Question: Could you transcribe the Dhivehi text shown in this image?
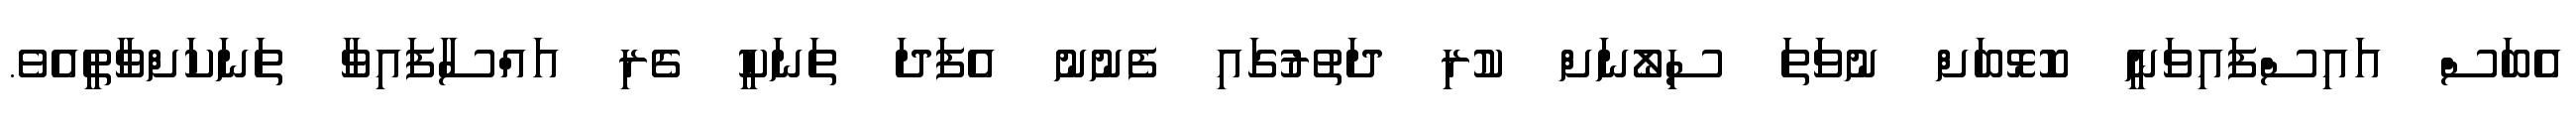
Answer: އެބަސް އައިސްފައިވަނީ ކޮޅޮބަށް ނުވަތަ ސިލޯނަށް ކުރި ދަތުރުގައި ފެނުނު އެފަދަ ތަނަކީ ގެރި އައްސާފައިވާ ތަނަކަށްވާތީއެވެ.